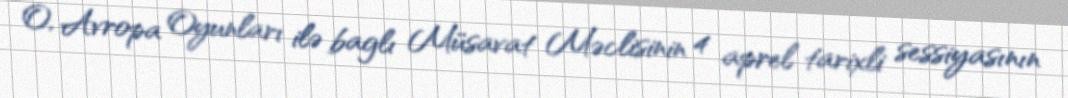
O, Avropa Oyunları ilə baglı Müsavat Məclisinin 4 aprel tarixli sessiyasının